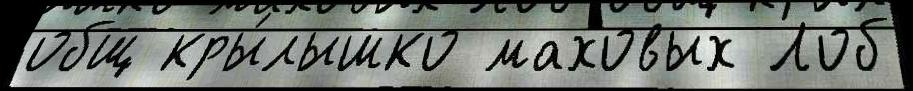
общ кры́лышко маховых Лоб